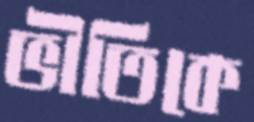
ভীতিকে